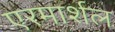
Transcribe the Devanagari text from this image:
एरमार्शल